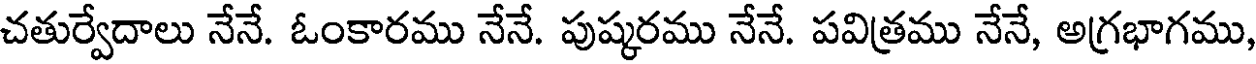
చతుర్వేదాలు నేనే. ఓంకారము నేనే. పుష్కరము నేనే. పవిత్రము నేనే, అగ్రభాగము,